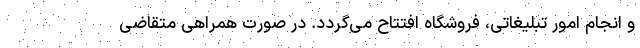
و انجام امور تبلیغاتی، فروشگاه افتتاح می­گردد. در صورت همراهی متقاضی